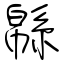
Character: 緜